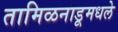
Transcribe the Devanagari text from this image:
तामिळनाडूमधले